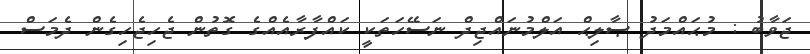
ޖަވާބު : މުޙައްމަދު ޞާލިޙް އަލްމުނައްޖިދް ނަސޭހަތަކީ ކައްފާރާއެއްގެ ގޮތުން ޖެހިޖެހިގެން ދެމަސް